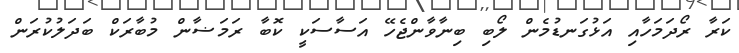
ކަރާ ރޯދަމަހާއި އަޅުގަނޑުމެން ލޯބި ބިނާވާންޖެހޭ އަސާސަކީ ކޮބާ ރަމަޟާން މުބާރަކް ބަދަލުކުރަން